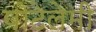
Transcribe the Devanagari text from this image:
पोटेलेमी